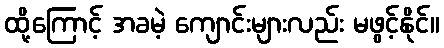
ထို့ကြောင့် အခမဲ့ ကျောင်းများလည်း မဖွင့်နိုင်။